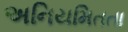
અનિયમિતતા